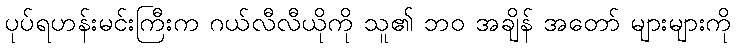
ပုပ်ရဟန်းမင်းကြီးက ဂယ်လီလီယိုကို သူ၏ ဘဝ အချိန် အတော် များများကို